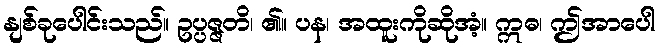
နျစ်ခုပေါင်းသည်။ ဥပ္ပဇ္ဇတိ၊ ၏။ ပန၊ အထူးကိုဆိုအံ့။ ဣဓ၊ ဤအာပေါ